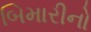
બિમારીનો